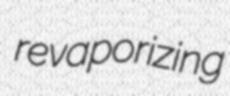
revaporizing